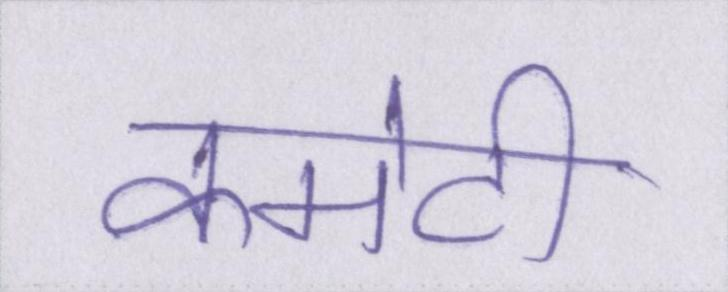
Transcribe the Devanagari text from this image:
कमेटी